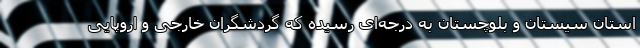
استان سیستان و بلوچستان به درجه‌ای رسیده که گردشگران خارجی و اروپایی